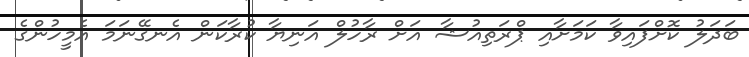
ބަދަލު ކޮށްފައިވާ ކަމަށާއި ޕްރަތިއުޝާ އަށް ރާހުލް އަނިޔާ ކުރާކަން އެނގޭނަމަ އެމީހުންގެ